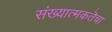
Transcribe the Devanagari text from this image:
संख्यात्मकतॆचा